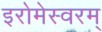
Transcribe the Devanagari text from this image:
इरोमेस्वरम्